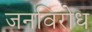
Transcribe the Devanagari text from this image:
जनविरोध